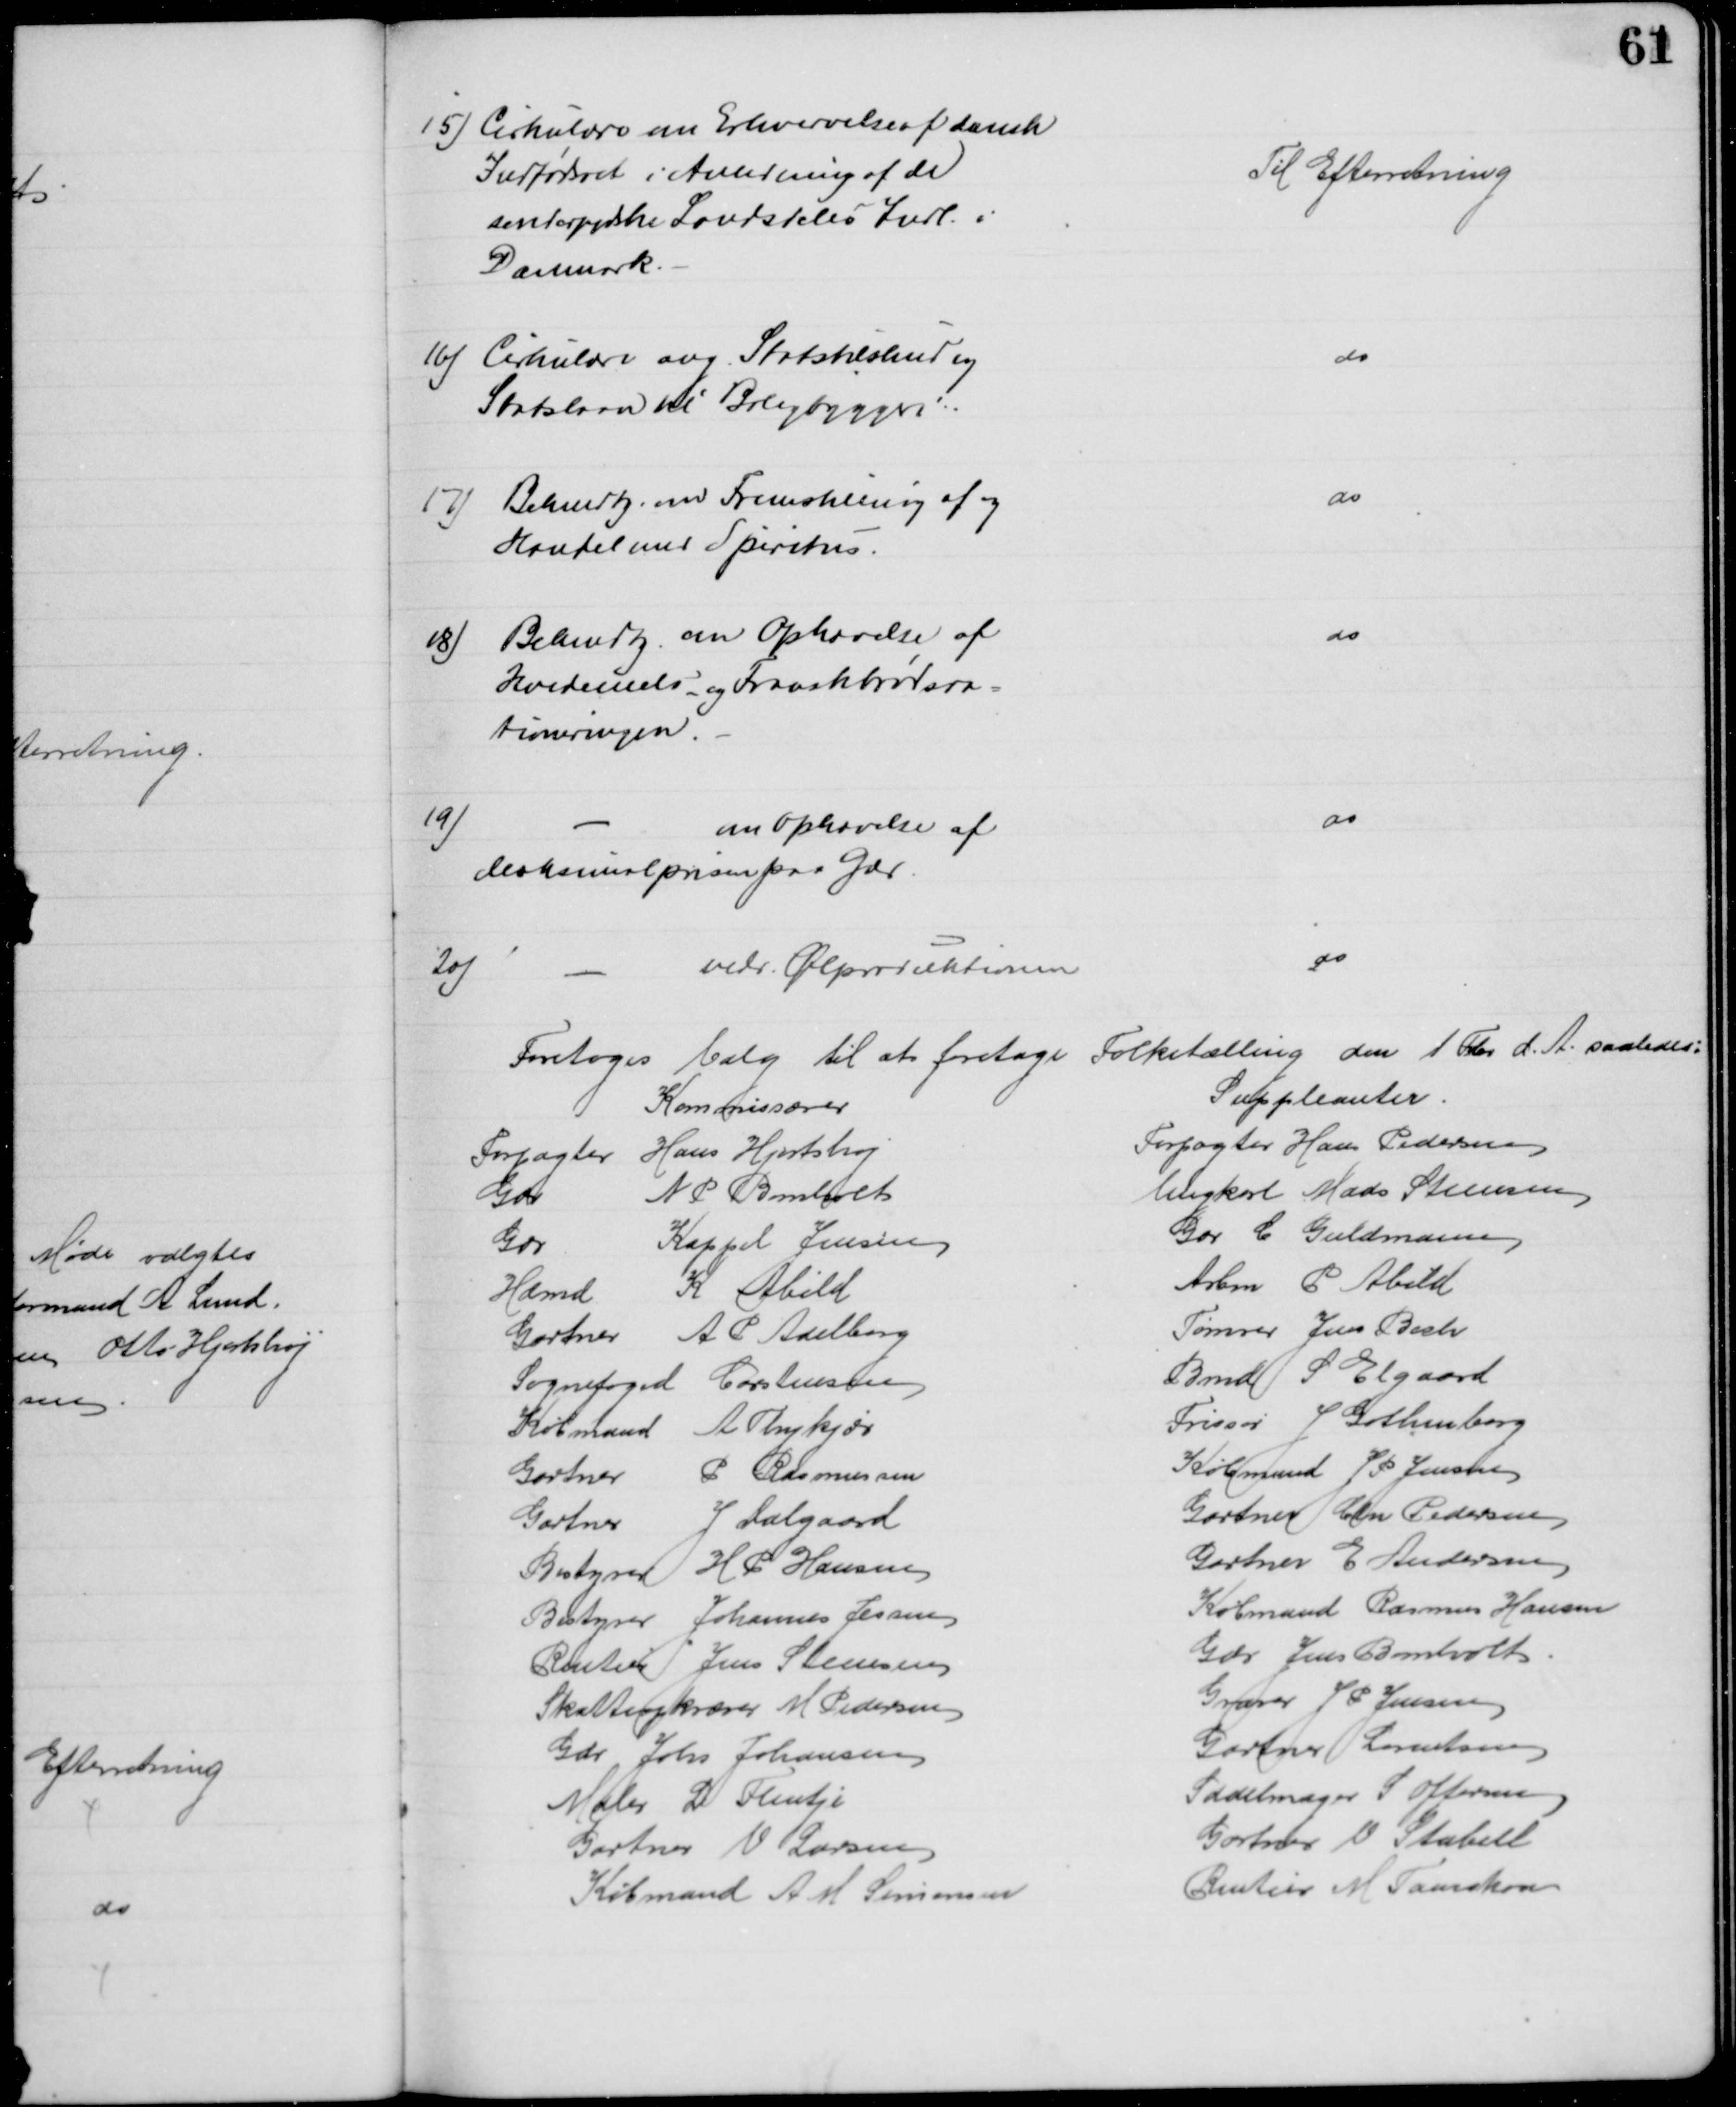
Transskription:
15) Cirkulære om Erhvervelse af dansk
Indfødsret i Anledning af de
sønderjydske Landsdeles Indl. i
Danmark.
Til Efterretning
16)
Cirkulære ang. Statstilskud og
Statslaan til Boligbyggeri
do
17) Bekendtg. ved Fremstilling af og
Handel med Spiritus.
do
18) Bekendtg. om Ophævelse af
Hvedemels- og Franskbrødsra-
tioneringen.
do
19)
om Ophævelse af
Maksimalprisen paa Gær.
do
20)
vedr. Ølproduktionen
do
Foretoges Valg til at foretage Folketælling den 1 Febr d. A. saaledes:
Kommissærer
Suppleanter.
Forpagter Hans Hjortshøj
Forpagter Hans Pedersen
Gdr
N P Bomholt
Ungkarl Mads Steensen
Gdr
Kappel Jensen
Gdr C Guldmann
Hdmd
K Abild
Arbm P Abild
Gartner
A P Adelborg
Tømrer Jens Bech
Sognefoged Carstensen
Bmd S Elgaard
Købmand A Thykjær
Frissør J Gothenborg
Gartner P Rasmussen
Købmand J P Jensen
Gartner J Dalgaard
Gartner Chr Pedersen
Bestyrer H P Hansen
Gartner E Andersen
Bestyrer Johannes Jessen
Købmand Rasmus Hansen
Rentier Jens Steensen
Gdr Jens Bomholt
Skatteopkræver M Pedersen
Graver J P Jensen
Gdr Johs Johansen
Gartner Lorentsen
Maler L Flentje
Sadelmager S Offersen
Gartner V Larsen
Gartner V Stabell
Købmand A M Simonsen
Rentier M Faurskou